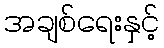
အချစ်ရေးနှင့်